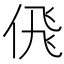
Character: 𬾘